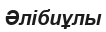
Әлібиұлы